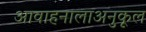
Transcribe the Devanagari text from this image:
आवाहनालाअनुकूल